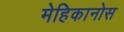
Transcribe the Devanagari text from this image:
मेहिकानोस